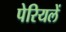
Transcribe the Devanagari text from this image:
पेरियलें